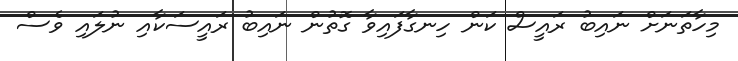
މިހާތަނަށް ނައިބު ރައީސް ކަން ހިނގާފައިވާ ގޮތުން ނައިބު ރައީސަކާއި ނުލައި ވެސް